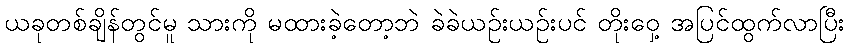
ယခုတစ်ချိန်တွင်မူ သားကို မထားခဲ့တော့ဘဲ ခဲခဲယဉ်းယဉ်းပင် တိုးဝှေ့ အပြင်ထွက်လာပြီး